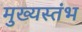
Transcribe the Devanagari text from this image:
मुख्यस्तंभ